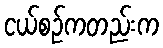
ငယ်စဉ်ကတည်းက